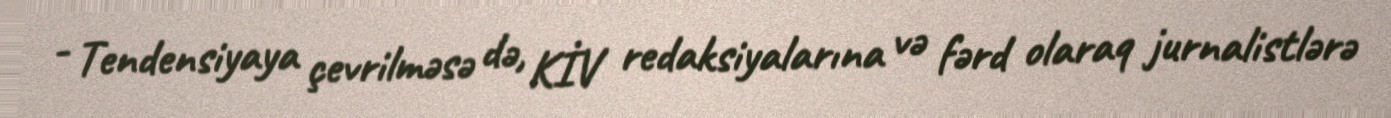
- Tendensiyaya çevrilməsə də, KİV redaksiyalarına və fərd olaraq jurnalistlərə